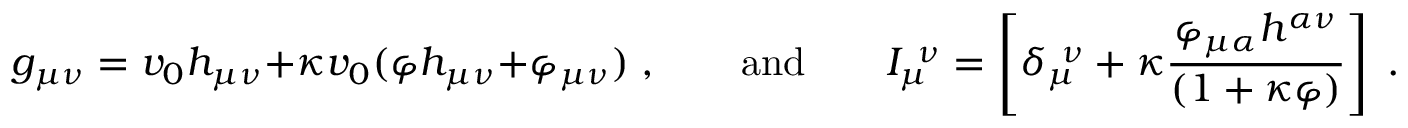
g _ { \mu \nu } = v _ { 0 } h _ { \mu \nu } + \kappa v _ { 0 } ( \varphi h _ { \mu \nu } + \varphi _ { \mu \nu } ) \; , \qquad \mathrm { a n d } \qquad I _ { \mu } ^ { \ \nu } = \left[ \delta _ { \mu } ^ { \ \nu } + \kappa \frac { \varphi _ { \mu \alpha } h ^ { \alpha \nu } } { ( 1 + \kappa \varphi ) } \right] \; .